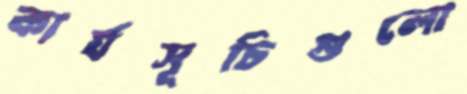
কার্যসূচিগুলো